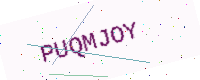
Text: PUQMJOY